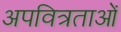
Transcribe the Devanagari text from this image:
अपवित्रताओं